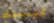
فينسنت